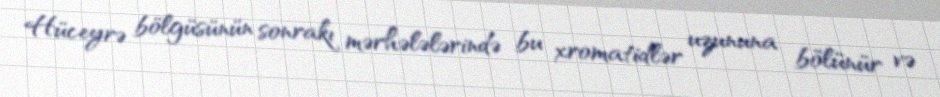
Hüceyrə bölgüsünün sonrakı mərhələlərində bu xromatidlər uzununa bölünür və